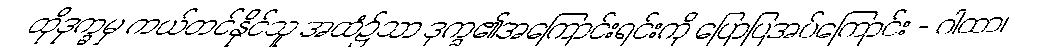
ထိုဒုက္ခမှ ကယ်တင်နိုင်သူ အထံ၌သာ ဒုက္ခ၏အကြောင်းရင်းကို ပြောပြအပ်ကြောင်း - ဂါထာ၊